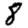
Digit: 8